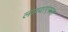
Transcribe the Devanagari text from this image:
लाव्याएवडा